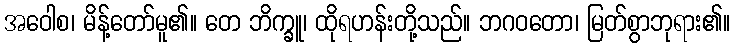
အဝေါစ၊ မိန့်တော်မူ၏။ တေ ဘိက္ခူ၊ ထိုရဟန်းတို့သည်။ ဘဂဝတော၊ မြတ်စွာဘုရား၏။